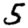
Digit: 5